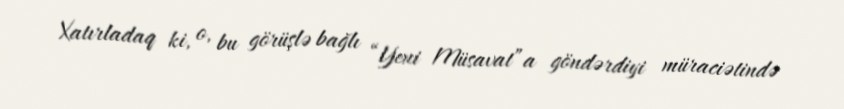
Xatırladaq ki, o, bu görüşlə bağlı “Yeni Müsavat”a göndərdiyi müraciətində